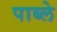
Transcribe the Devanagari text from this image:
पाब्ले